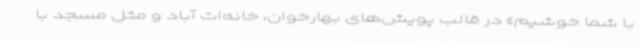
با شما خوشیم» در قالب پویش‌های بهارخوان، خانه‌ات آباد و مثل مسجد با